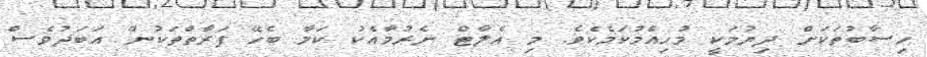
ހިސާބުތަކަށް ދިޔުމަކީ މުހިއްމުކަމެކެވެ. މި އެލާޓް ނެރުމާއެކު ކަމާ ބެހޭ ފަރާތްތަކުން އަބަދުވެސް